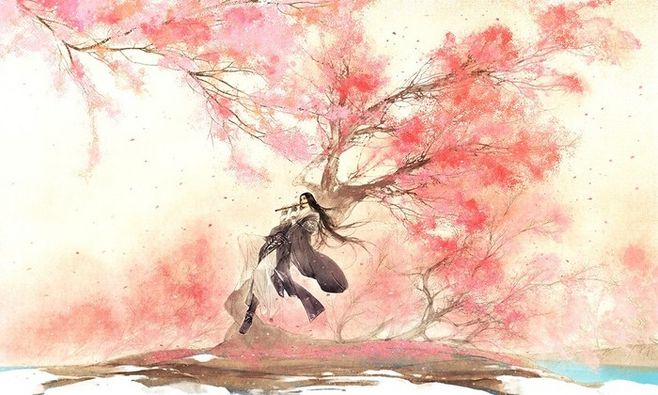
遥忆独眠人，早寒惊梦频。